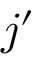
j ^ { \prime }